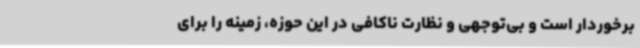
برخوردار است و بی‌توجهی و نظارت ناکافی در این حوزه، زمینه را برای